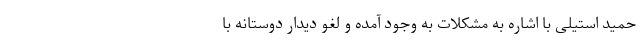
حمید استیلی با اشاره به مشکلات به وجود آمده و لغو دیدار دوستانه با